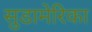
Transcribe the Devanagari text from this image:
सुडामेरिका